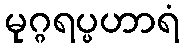
မုဂ္ဂရပ္ပဟာရံ